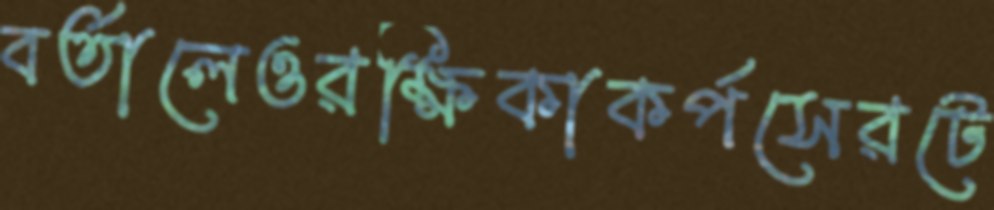
বর্তালেওরক্ষিকাকর্পসেরটে